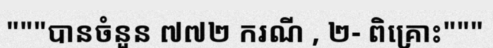
"""បានចំនួន ៧៧២ ករណី , ២- ពិគ្រោះ"""